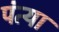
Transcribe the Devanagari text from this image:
पंत्या